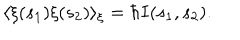
\langle \xi ( s _ { 1 } ) \xi ( s _ { 2 } ) \rangle _ { \xi } = \hbar I ( s _ { 1 } , s _ { 2 } ) .